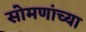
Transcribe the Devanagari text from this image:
सोमणांच्या